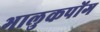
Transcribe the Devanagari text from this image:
भालुकपोंग